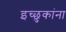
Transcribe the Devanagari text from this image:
इच्छुकांना